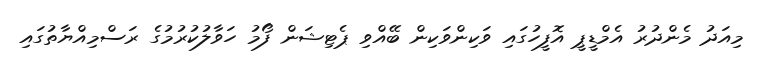
މިއަދު މެންދުރު އެމްޑީޕީ އޮފީހުގައި ވަކިންވަކިން ބޭއްވި ޕެޓިޝަން ފޯމު ހަވާލުކުރުމުގެ ރަސްމިއްޔާތުގައި